Annual administration and progress report of the Indian Medical Department, Bombay
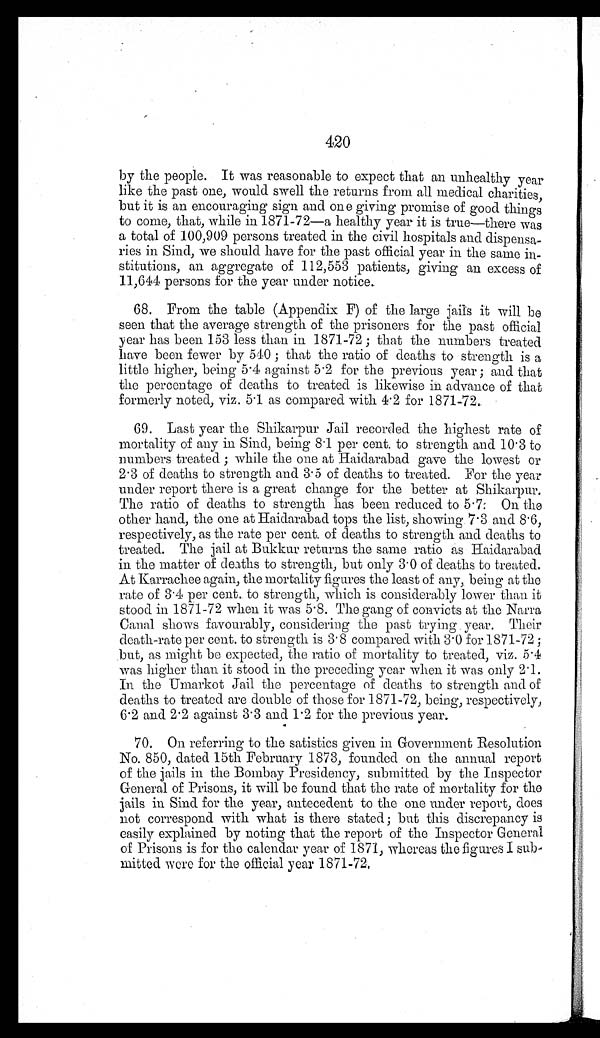
420
by the people. It was reasonable to expect that an unhealthy year
like the past one, would swell the returns from all medical charities,
but it is an encouraging sign and one giving promise of good things
to come, that, while in 1871-72—a healthy year it is true—there was
a total of 100,909 persons treated in the civil hospitals and dispensa
-ries in Sind, we should have for the past official year in the same in
-stitutions, an aggregate of 112,553 patients, giving an excess of
11,644 persons for the year under notice
.
68. From the table (Appendix F) of the large jails it will be
seen that the average strength of the prisoners for the past official
year has been 153 less than in 1871-72; that the numbers treated
have been fewer by 540; that the ratio of deaths to strength is a
little higher, being 5.4 against 5.2 for the previous year; and that
the percentage of deaths to treated is likewise in advance of that
formerly noted, viz. 5.1 as compared with 4.2 for 1871-72.
69. Last year the Shikarpur Jail recorded the highest rate of
mortality of any in Sind, being 8.1 per cent. to strength and 10.3 to
numbers treated; while the one at Haidarabad gave the lowest or
2.3 of deaths to strength and 3.5 of deaths to treated. For the year
under report there is a great change for the better at Shikarpur.
The ratio of deaths to strength has been reduced to 5.7. On the
other hand, the one at Haidarabad tops the list, showing 7.3 and 8.6,
respectively, as the rate per cent. of deaths to strength and deaths to
treated. The jail at Bukkur returns the same ratio as Haidarabad
in the matter of deaths to strength, but only 3.0 of deaths to treated.
At Karrachee again, the mortality figures the least of any, being at the
rate of 3.4 per cent. to strength, which is considerably lower than it
stood in 1871-72 when it was 5.8. The gang of convicts at the Narra
Canal shows favourably, considering the past trying year. Their
death-rate per cent. to strength is 3.8 compared with 3.0 for 1871-72;
but, as might be expected, the ratio of mortality to treated, viz. 5.4
was higher than it stood in the preceding year when it was only 2.1.
In the Umarkot Jail the percentage of deaths to strength and of
deaths to treated are double of those for 1871-72, being, respectively,
6.2 and 2.2 against 3.3 and 1.2 for the previous year.
70. On referring to the satistics given in Government Resolution
No. 850, dated 15th February 1873, founded on the annual report
of the jails in the Bombay Presidency, submitted by the Inspector
General of Prisons, it will be found that the rate of mortality for the
jails in Sind for the year, antecedent to the one under report, does
not correspond with what is there stated; but this discrepancy is
easily explained by noting that the report of the Inspector General
of Prisons is for the calendar year of 1871, whereas the figures I sub
-mitted were for the official year 1871-72.